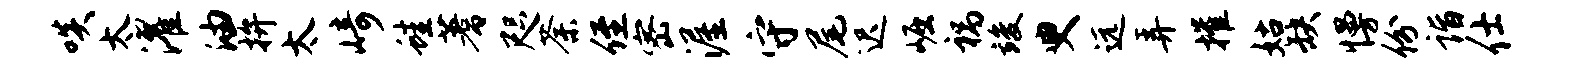
啖太濯油拚太崎蛙蓍咫荼侄密渥守尾迟崛祸竣臾远弄摧姑缺慢份诣仕